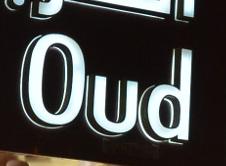
oud